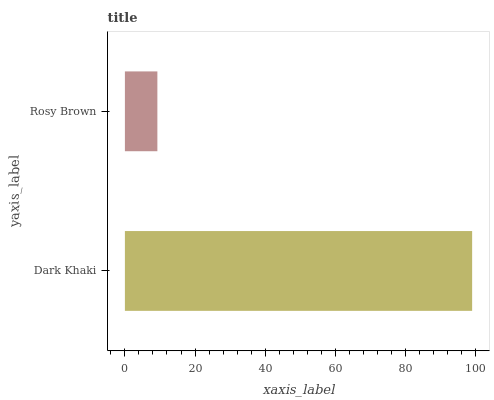
| yaxis_label | bars |
 | --- | --- |
 | Dark Khaki | 99 |
 | Rosy Brown | 9.26 |